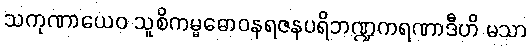
သကုဏာယေဝ သူစိကမ္မဓောဝနရဇနပရိဘဏ္ဍကရဏာဒီဟိ မသာ